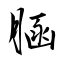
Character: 𦜆